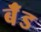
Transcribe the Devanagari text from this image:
बॅँंड